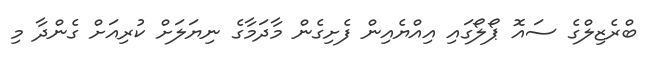
ބްރެޒިލްގެ ސައޮ ޕޯލޯގައި އިއްޔެއިން ފެށިގެން މާދަމާގެ ނިޔަލަށް ކުރިއަށް ގެންދާ މި